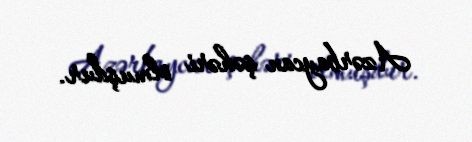
Azərbaycan şəhəri olmuşdur.